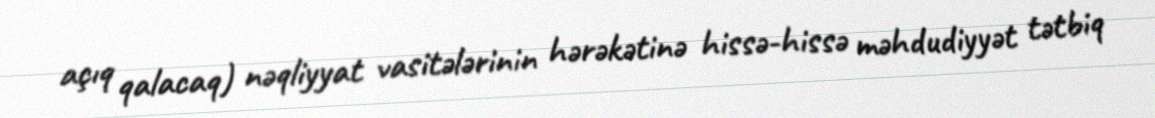
açıq qalacaq) nəqliyyat vasitələrinin hərəkətinə hissə-hissə məhdudiyyət tətbiq